Calcutta medical institutions reports 1879-81 [i.e.91]
Year: 1879
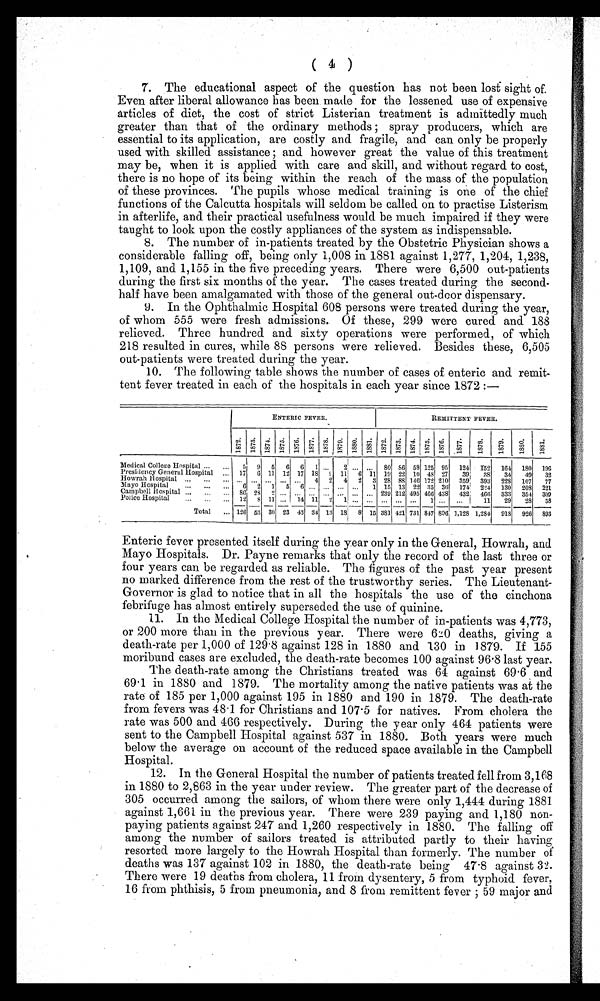
( 4 )
7. The educational aspect of the question has not been lost sight of.
Even after liberal allowance has been made for the lessened use of expensive
articles of diet, the cost of strict Listerian treatment is admittedly much
greater than that of the ordinary methods; spray producers, which are
essential to its application, are costly and fragile, and can only be properly
used with skilled assistance ; and however great the value of this treatment
may be, when it is applied with care and skill, and without regard to cost,
there is no hope of its being within the reach of the mass of the population
of these provinces. The pupils whose medical training is one of the chief
functions of the Calcutta hospitals will seldom be called on to practise Listerism
in afterlife, and their practical usefulness would be much impaired if they were
taught to look upon the costly appliances of the system as indispensable.
8. The number of in-patients treated by the Obstetric Physician shows a
considerable falling off, being only 1,008 in 1881 against 1,277, 1,204, 1,238,
1,109, and 1,155 in the five preceding years. There were 6,500 out-patients
during the first six months of the year. The cases treated during the second-
half have been amalgamated with those of the general out-door dispensary.
9. In the Ophthalmic Hospital 608 persons were treated during the year,
of whom 555 were fresh admissions. Of these, 299 were cured and 188
relieved. Three hundred and sixty operations were performed, of which
218 resulted in cures, while 88 persons were relieved. Besides these, 6,505
out-patients were treated during the year.
10. The following table shows the number of cases of enteric and remit--
tent fever treated in each of the hospitals in each year since 1872 :—
ENTERIC FEVER.
REMITTENT FEVER.
1 8 7 2 . 1 8 7 3 . 1 8 7 4 . 1 8 7 5 . 1876. 1 8 7 7 . 1 8 7 8 . 1 8 7 9 . 1 8 8 0
. 1 8 8 1 . 1 8 7 2 . 1 8 7 3 . 1874. 1 8 7 5 . 1 8 7 6 . 1 8 7 7
.
1 8 7 8 .
1 8 7 9
.
1 8 8 0 .
1 8 8 1 .
Medical College Hospital ...
5 9 5 6 6 1 ... 2 ... .. 80 86 58 125 95 124 152 164 180 196
Presidency General Hospital
17 6 11 12 17 18 9 11 6 11 19 22 10 48 27 39 38 34 49 32
Howrah Hospital ... ..
... ... ... ... ... 4 2 4 2 3 28 88 146 172 210 359 393 228 107 77
Mayo Hospital ... ... ... 6 2 1 5 6 ... ... ... ... 1 15 13 22 35 36 174 2 2 4 130 208 221
Campbell Hospital ... ... ... 86 28 2 ... . .. ... ... ... ... 239 212 495 466 438 432 466 333 354 309
Police Hospital ... ... ...
Total ...
12
126
8
53
11
30
. . . . 1 4
...
23 43
11
34
2
13
1
18
...
8
...
15
...
381
...
421
...
731
1
847
...
806
...
],128
1 1
1,284
29
918
28
926
58
893
Enteric fever presented itself during the year only in the General, Howrah, and
Mayo Hospitals. Dr. Payne remarks that only the record of the last three or
four years can be regarded as reliable. The figures of the past year present
no marked difference from the rest of the trustworthy series. The Lieutenant-
Governor is glad to notice that in all the hospitals the use of the cinchona
febrifuge has almost entirely superseded the use of quinine.
11. In the Medical College Hospital the number of in-patients was 4,773,
or 200 more than in the previous year. There were 620 deaths, giving a
death-rate per 1,000 of 129 . 8 against 128 in 1880 and 130 in 1879. If 155
moribund cases are excluded, the death-rate becomes 100 against 96 . 8 last year.
The death-rate among the Christians treated was 64 against 69 . 6 and
69 . 1 in 1880 and 1879. The mortality among the native patients was at the
rate of 185 per 1,000 against 195 in 1880 and 190 in 1879. The death-rate
from fevers was 48 . 1 for Christians and 107 . 5 for natives. From cholera the
rate was 500 and 466 respectively. During the year only 464 patients were
sent to the Campbell Hospital against 537 in 1880. Both years were much
below the average on account of the reduced space available in the Campbell
Hospital.
12. In the General Hospital the number of patients treated fell from 3,168
in 1880 to 2,863 in the year under review. The greater part of the decrease of
305 occurred among the sailors, of whom there were only 1,444 during 1881
against 1,661 in the previous year. There were 239 paying and 1,180 non-
paying patients against 247 and 1,260 respectively in 1880. The falling off
among the number of sailors treated is attributed partly to their having
resorted more largely to the Howrah Hospital than formerly. The number a
deaths was 137 against 102 in 1880, the death-rate being 47 . 8 against 32.
There were 19 deaths from cholera, 11 from dysentery, 5 from typhoid fever,
16 from phthisis, 5 from pneumonia, and 8 from remittent fever ; 59 major and